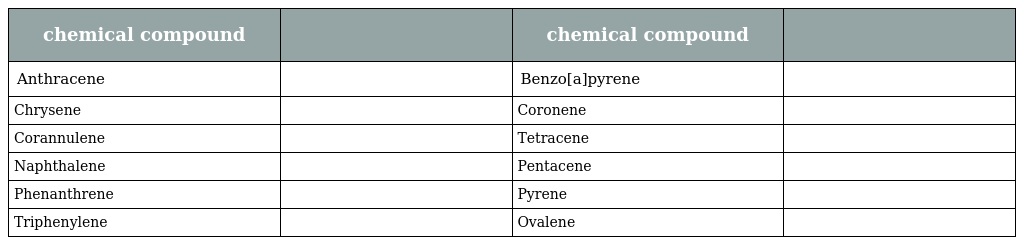
| chemical compound |  | chemical compound |  |
 | --- | --- | --- | --- |
 | Anthracene |  | Benzo[a]pyrene |  |
 | Chrysene |  | Coronene |  |
 | Corannulene |  | Tetracene |  |
 | Naphthalene |  | Pentacene |  |
 | Phenanthrene |  | Pyrene |  |
 | Triphenylene |  | Ovalene |  |